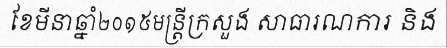
ខែមីនាឆ្នាំ២០១៥មន្ត្រីក្រសួង សាធារណការ និង